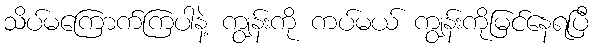
သိပ်မကြောက်ကြပါနဲ့ ကျွန်းကို ကပ်မယ် ကျွန်းကိုမြင်နေရပြီ